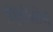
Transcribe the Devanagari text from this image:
प्रभृतींबरोबर